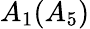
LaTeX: A_{1}(A_{5})